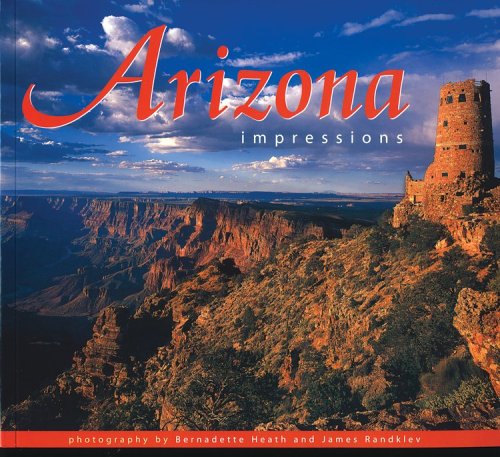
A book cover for Arizona Impressions; photography by Bernadette Heath; Travel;